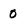
Character: 0